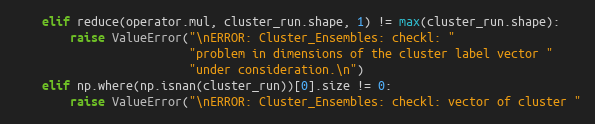
Language: Python
    elif reduce(operator.mul, cluster_run.shape, 1) != max(cluster_run.shape):
        raise ValueError("\nERROR: Cluster_Ensembles: checkl: "
                         "problem in dimensions of the cluster label vector "
                         "under consideration.\n")
    elif np.where(np.isnan(cluster_run))[0].size != 0:
        raise ValueError("\nERROR: Cluster_Ensembles: checkl: vector of cluster "